Reports on military cantonments and civil stations in the Presidency of Bombay inspected by the Sanitary Commissioner in the years 1875 and 1876
Year: 1875
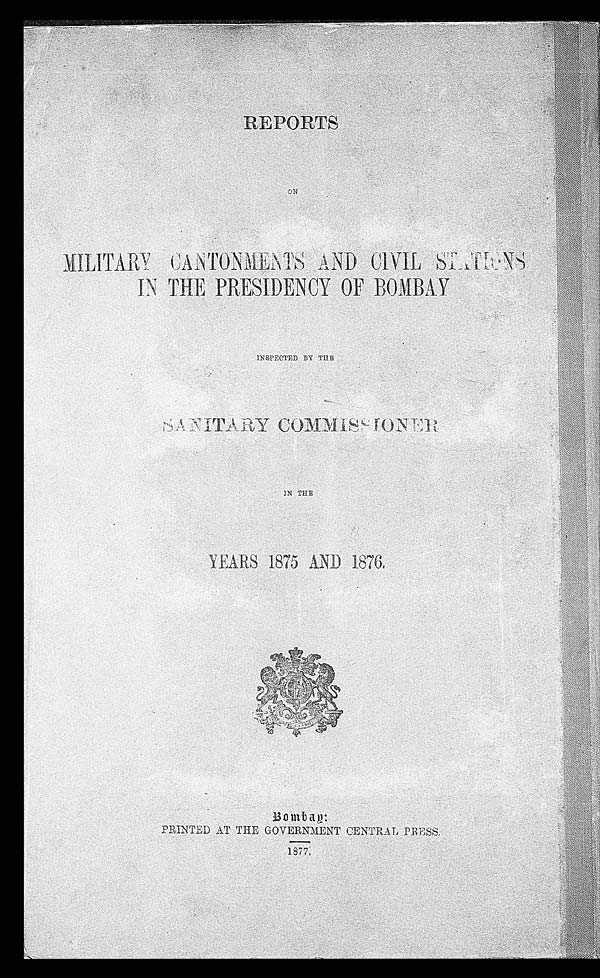
REPORTS
ON MILITARY CANTONMETNS AND CIVIL STATIONS
IN THE PRESIDENCY OF BOMBAY
INSPECTED BY THE
SANITARY COMMISSIONER
IN THE
YEARS 1875 AND 1876.
Bombay: PRINTED AT THE GOVERNMENT CENTRAL PRESS.
1877.